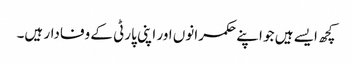
کچھ ایسے ہیں جو اپنے حکمرانوں اور اپنی پارٹی کے وفادار ہیں۔